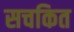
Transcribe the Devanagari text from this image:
सचकित